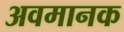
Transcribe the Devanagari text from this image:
अवमानक